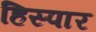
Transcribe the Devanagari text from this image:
हिस्पार